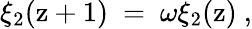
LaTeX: \xi_{2}(\mathrm{z}+1)\ =\ \omega\xi_{2}(\mathrm{z})\ ,